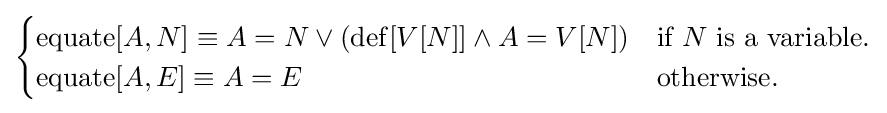
{\begin{cases}\operatorname {equate} [A,N]\equiv A=N\lor (\operatorname {def} [V[N]]\land A=V[N])&{\text{if }}N{\text{ is a variable.}}\\\operatorname {equate} [A,E]\equiv A=E&{\text{otherwise.}}\end{cases}}